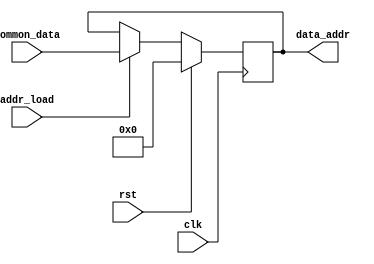
module addr(input wire clk,
            input wire rst,
            input wire addr_load,
            input wire [7:0]common_data,
            output reg [7:0]data_addr);

always @(posedge clk) begin
    if(rst)
        data_addr <= 0;
    else begin
        if(addr_load)
            data_addr <= common_data;
        else
            data_addr <= data_addr;
    end
end

endmodule